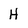
Character: H